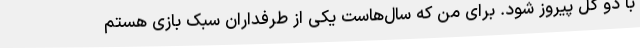
با دو گل پیروز شود. برای من که سال‌هاست یکی از طرفداران سبک بازی هستم